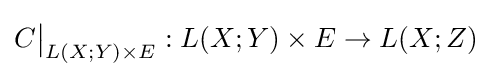
C{\big \vert }_{L(X;Y)\times E}:L(X;Y)\times E\to L(X;Z)